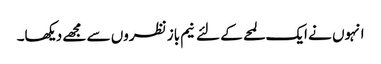
انہوں نے ایک لمحے کے لئے نیم باز نظروں سے مجھے دیکھا۔